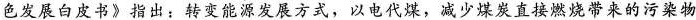
色发展白皮书》指出：转变能源发展方式，以电代煤，减少煤炭直接燃烧带来的污染物